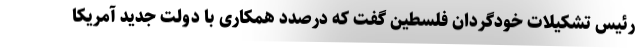
رئیس تشکیلات خودگردان فلسطین گفت که درصدد همکاری با دولت جدید آمریکا